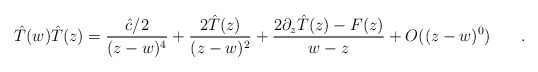
\begin{align*}\hat{T}(w)\hat{T}(z) = \frac{\hat{c}/2}{(z-w)^4} + \frac{2 \hat{T}(z)}{(z-w)^2} + \frac{2 \partial_z \hat{T}(z)- F(z)}{w-z} + O((z-w)^0) \hspace{.3in}.\end{align*}